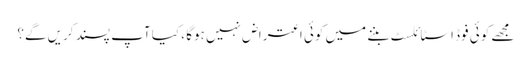
مجھے کوئی فوڈ اسٹائلسٹ بننے میں کوئی اعتراض نہیں ہوگا ، کیا آپ پسند کریں گے؟